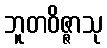
ဘူတဝိဇ္ဇာသု